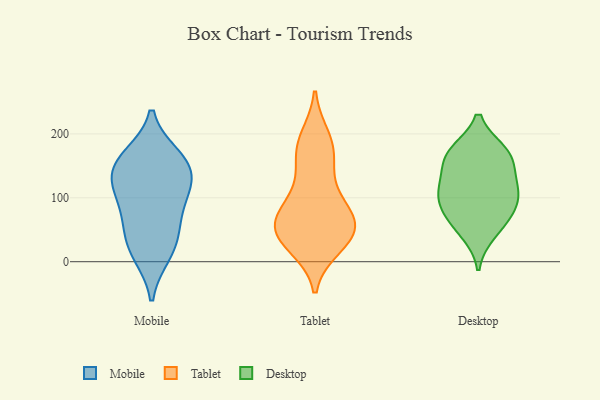
{"axis": {"x": "Market Share (%)", "y": "Value"}, "legend": ["Desktop", "Mobile", "Tablet"], "data": [{"x": "", "y": 19, "type": "Mobile"}, {"x": "", "y": 164, "type": "Mobile"}, {"x": "", "y": 120, "type": "Mobile"}, {"x": "", "y": 140, "type": "Mobile"}, {"x": "", "y": 60, "type": "Mobile"}, {"x": "", "y": 108, "type": "Mobile"}, {"x": "", "y": 156, "type": "Mobile"}, {"x": "", "y": 12, "type": "Mobile"}, {"x": "", "y": 51, "type": "Mobile"}, {"x": "", "y": 155, "type": "Mobile"}, {"x": "", "y": 100, "type": "Mobile"}, {"x": "", "y": 76, "type": "Tablet"}, {"x": "", "y": 25, "type": "Tablet"}, {"x": "", "y": 180, "type": "Tablet"}, {"x": "", "y": 48, "type": "Tablet"}, {"x": "", "y": 146, "type": "Tablet"}, {"x": "", "y": 174, "type": "Tablet"}, {"x": "", "y": 38, "type": "Tablet"}, {"x": "", "y": 51, "type": "Tablet"}, {"x": "", "y": 193, "type": "Tablet"}, {"x": "", "y": 84, "type": "Tablet"}, {"x": "", "y": 61, "type": "Tablet"}, {"x": "", "y": 60, "type": "Tablet"}, {"x": "", "y": 33, "type": "Tablet"}, {"x": "", "y": 107, "type": "Tablet"}, {"x": "", "y": 169, "type": "Desktop"}, {"x": "", "y": 148, "type": "Desktop"}, {"x": "", "y": 169, "type": "Desktop"}, {"x": "", "y": 66, "type": "Desktop"}, {"x": "", "y": 74, "type": "Desktop"}, {"x": "", "y": 45, "type": "Desktop"}, {"x": "", "y": 172, "type": "Desktop"}, {"x": "", "y": 97, "type": "Desktop"}, {"x": "", "y": 108, "type": "Desktop"}, {"x": "", "y": 122, "type": "Desktop"}, {"x": "", "y": 106, "type": "Desktop"}]}